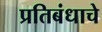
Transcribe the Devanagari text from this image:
प्रतिबंधाचे